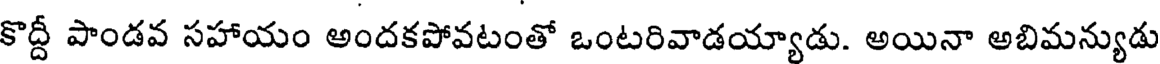
కొద్దీ పాండవ సహాయం అందకపోవటంతో ఒంటరివాడయ్యాడు. అయినా అబిమన్యుడు